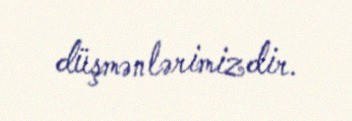
düşmənlərimizdir.